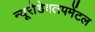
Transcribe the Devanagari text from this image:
न्यूरोडेवलपमेंटल